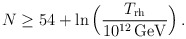
\begin{align*}N \geq 54 + \ln\Big({T_{\rm rh}\over10^{12}\,{\rm GeV}}\Big)\,.\end{align*}